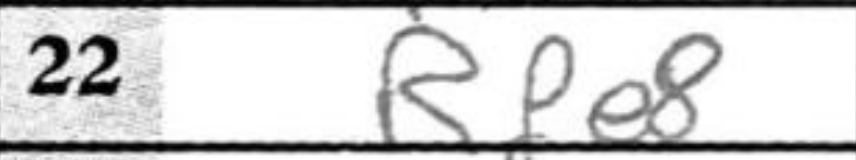
Transcription: RPe8